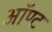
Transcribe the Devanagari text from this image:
ऑण्ट